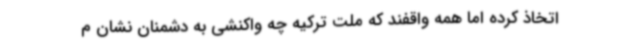
اتخاذ کرده اما همه واقفند که ملت ترکیه چه واکنشی به دشمنان نشان م